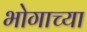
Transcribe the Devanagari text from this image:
भोगाच्या